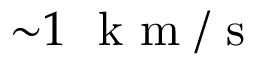
{ \displaystyle \sim } 1 ~ \mathrm { ~ k ~ m ~ } / \mathrm { ~ s ~ }